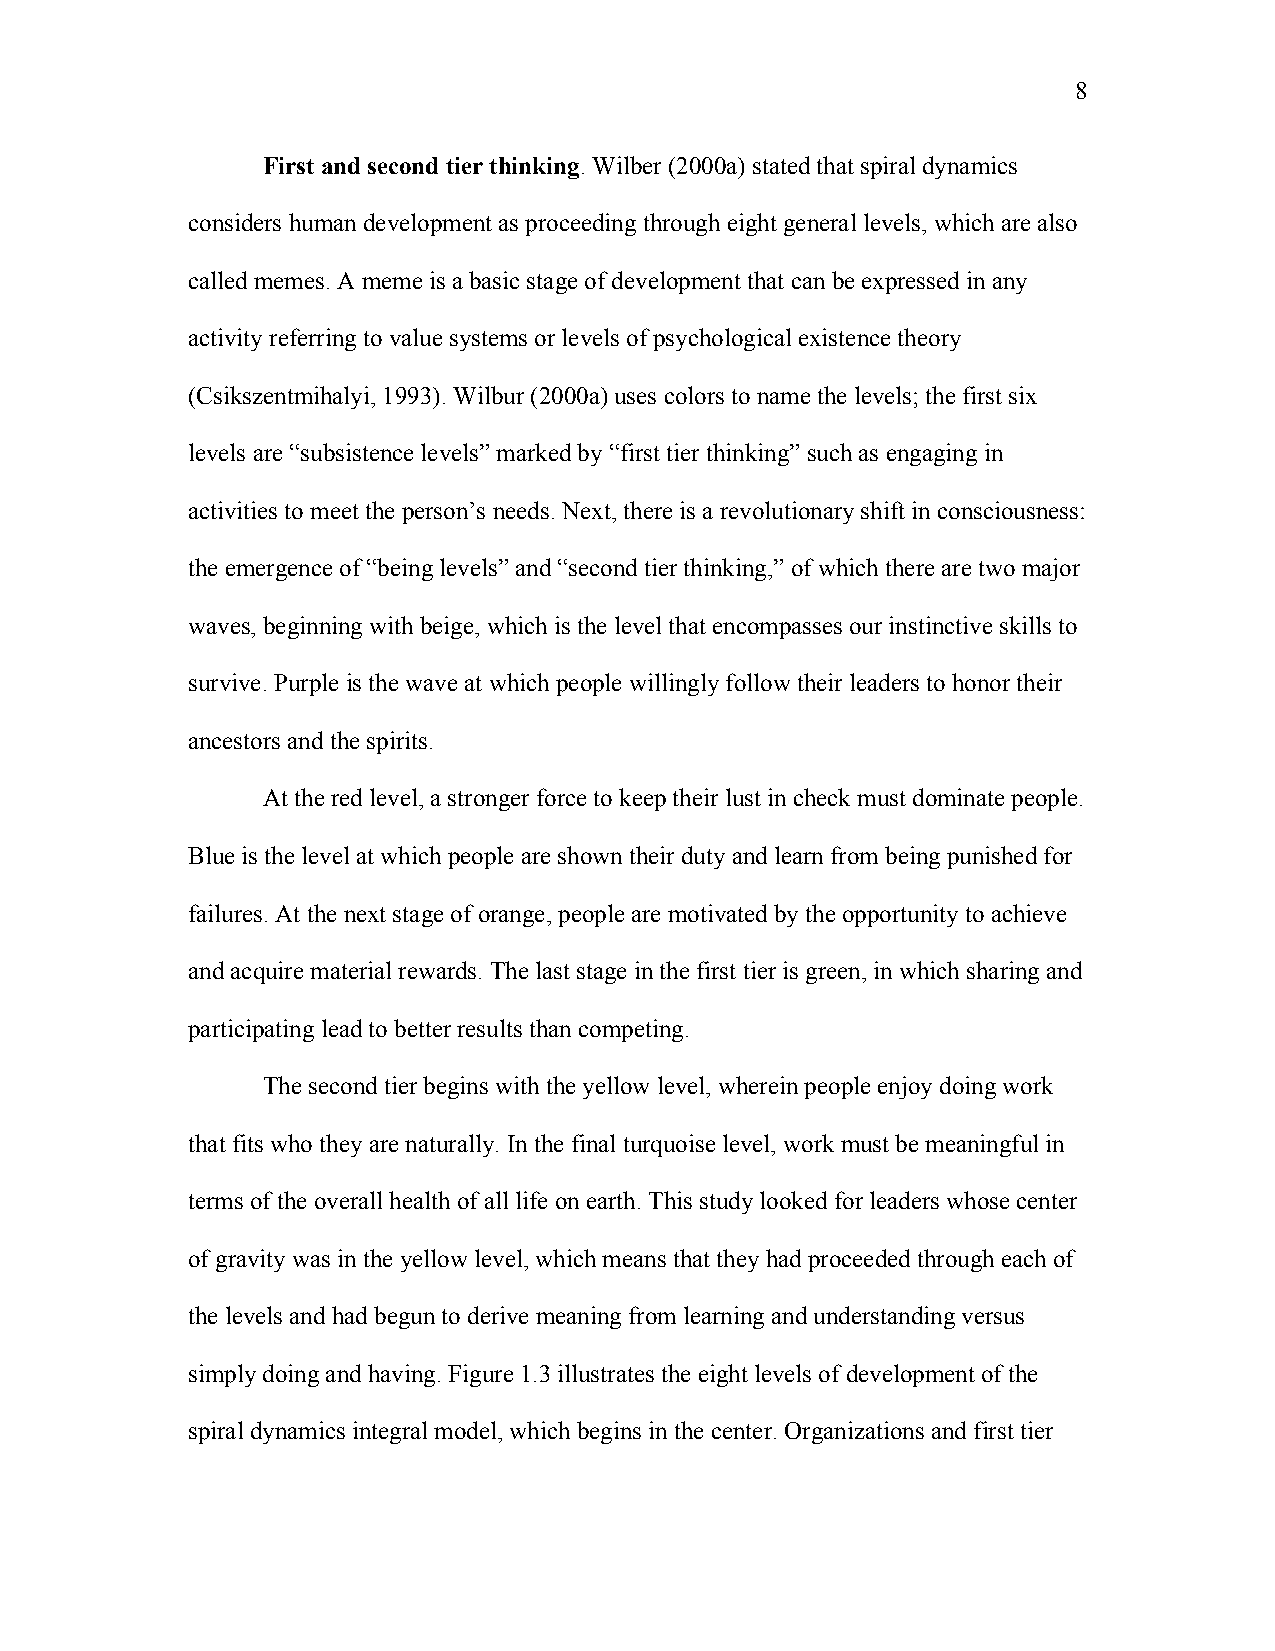
8
 First and second tier thinking. Wilber (2000a) stated that spiral dynamics
 considers human development as proceeding through eight general levels, which are also
 called memes. A meme is a basic stage of development that can be expressed in any
 activity referring to value systems or levels of psychological existence theory
 (Csikszentmihalyi, 1993). Wilbur (2000a) uses colors to name the levels; the first six
 levels are “subsistence levels” marked by “first tier thinking” such as engaging in
 activities to meet the person’s needs. Next, there is a revolutionary shift in consciousness:
 the emergence of “being levels” and “second tier thinking,” of which there are two major
 waves, beginning with beige, which is the level that encompasses our instinctive skills to
 survive. Purple is the wave at which people willingly follow their leaders to honor their
 ancestors and the spirits.
 At the red level, a stronger force to keep their lust in check must dominate people.
 Blue is the level at which people are shown their duty and learn from being punished for
 failures. At the next stage of orange, people are motivated by the opportunity to achieve
 and acquire material rewards. The last stage in the first tier is green, in which sharing and
 participating lead to better results than competing.
 The second tier begins with the yellow level, wherein people enjoy doing work
 that fits who they are naturally. In the final turquoise level, work must be meaningful in
 terms of the overall health of all life on earth. This study looked for leaders whose center
 of gravity was in the yellow level, which means that they had proceeded through each of
 the levels and had begun to derive meaning from learning and understanding versus
 simply doing and having. Figure 1.3 illustrates the eight levels of development of the
 spiral dynamics integral model, which begins in the center. Organizations and first tier